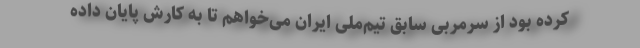
کرده بود از سرمربی سابق تیم‌ملی ایران می‌خواهم تا به کارش پایان داده